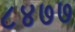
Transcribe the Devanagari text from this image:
८४७७